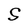
Character: S